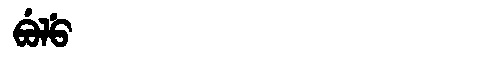
Manchu: ᠪᡠᠯᡠ
Romanization: BULU